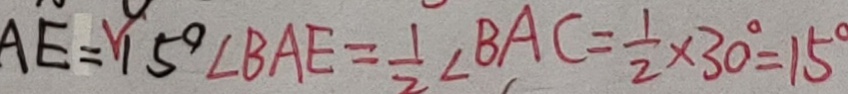
A E = 1 5 ^ { \circ } \angle B A E = \frac { 1 } { 2 } \angle B A C = \frac { 1 } { 2 } \times 3 0 ^ { \circ } = 1 5 ^ { \circ }